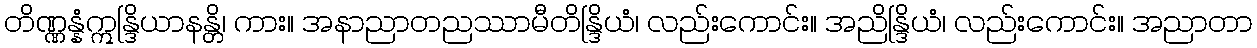
တိဏ္ဏန္နံဣန္ဒြိယာနန္တိ၊ ကား။ အနာညာတညဿာမီတိန္ဒြိယံ၊ လည်းကောင်း။ အညိန္ဒြိယံ၊ လည်းကောင်း။ အညာတာ